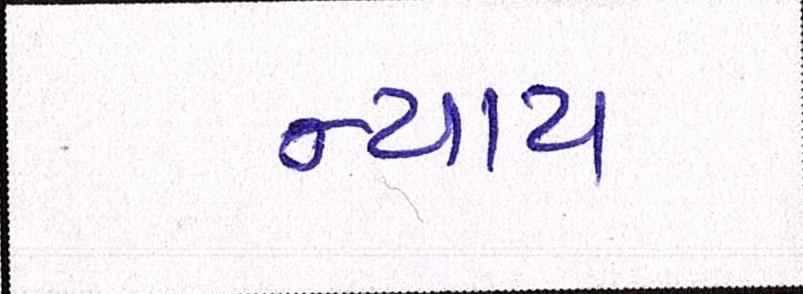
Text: ન્યાય